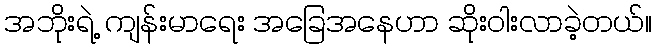
အဘိုးရဲ့ ကျန်းမာရေး အခြေအနေဟာ ဆိုးဝါးလာခဲ့တယ်။